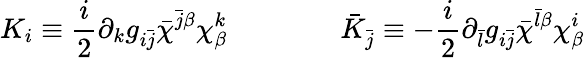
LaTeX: K_{i}\equiv\frac{i}{2}\partial_{k}g_{i\bar{j}}\bar{\chi}^{\bar{j}\beta}\chi_{\beta}^{k}\qquad\qquad\bar{K}_{\bar{j}}\equiv-\frac{i}{2}\partial_{\bar{l}}g_{i\bar{j}}\bar{\chi}^{\bar{l}\beta}\chi_{\beta}^{i}